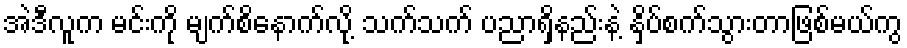
အဲဒီလူက မင်းကို မျက်စိနောက်လို့ သက်သက် ပညာရှိနည်းနဲ့ နှိပ်စက်သွားတာဖြစ်မယ်ကွ